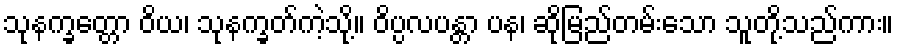
သုနက္ခတ္တော ဝိယ၊ သုနက္ခတ်ကဲ့သို့။ ဝိပ္ပလပန္တာ ပန၊ ဆိုမြည်တမ်းသော သူတို့သည်ကား။